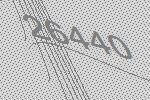
26440